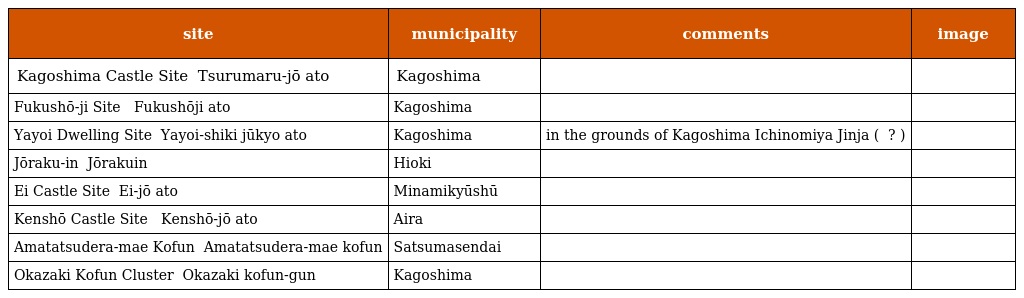
| site | municipality | comments | image |
 | --- | --- | --- | --- |
 | Kagoshima Castle Site 鶴丸城跡 Tsurumaru-jō ato | Kagoshima |  |  |
 | Fukushō-ji Site 福昌寺 跡 Fukushōji ato | Kagoshima |  |  |
 | Yayoi Dwelling Site 弥生式住居跡 Yayoi-shiki jūkyo ato | Kagoshima | in the grounds of Kagoshima Ichinomiya Jinja ( 一之宮神社 ? ) |  |
 | Jōraku-in 常楽院 Jōrakuin | Hioki |  |  |
 | Ei Castle Site 頴娃城跡 Ei-jō ato | Minamikyūshū |  |  |
 | Kenshō Castle Site 建昌城 跡 Kenshō-jō ato | Aira |  |  |
 | Amatatsudera-mae Kofun 天辰寺前古墳 Amatatsudera-mae kofun | Satsumasendai |  |  |
 | Okazaki Kofun Cluster 岡崎古墳群 Okazaki kofun-gun | Kagoshima |  |  |